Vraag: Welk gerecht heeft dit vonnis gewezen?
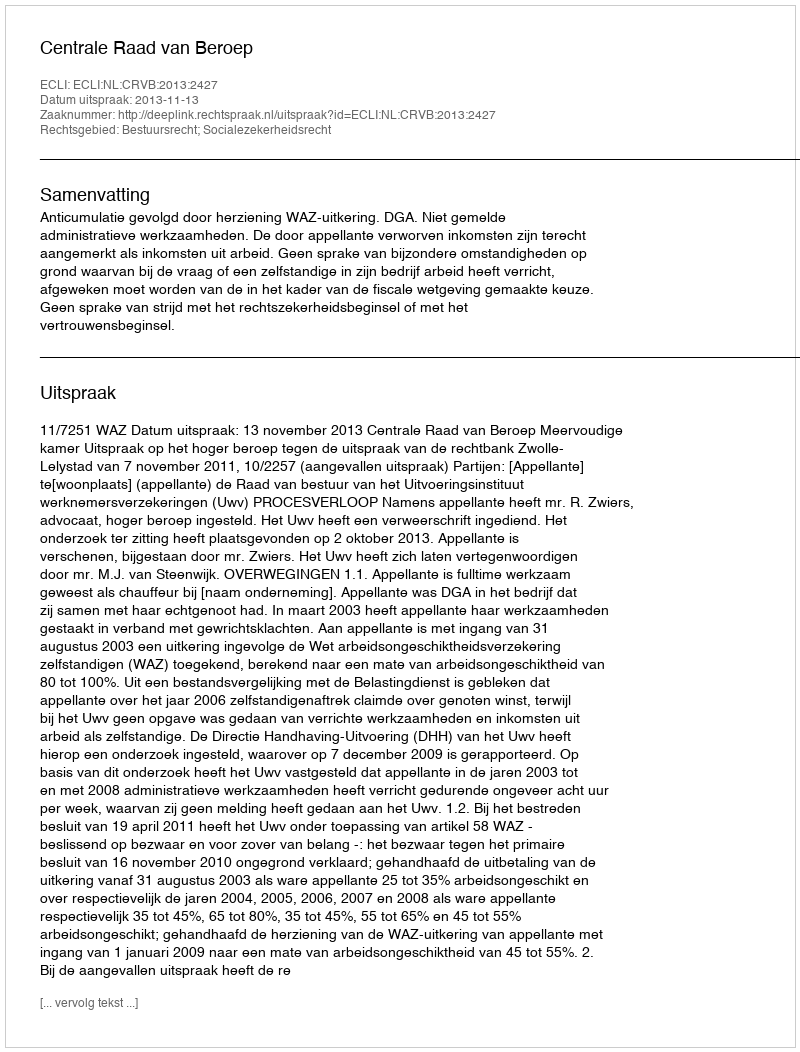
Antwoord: Centrale Raad van Beroep